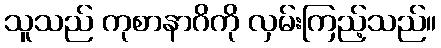
သူသည် ကုစာနာဂိကို လှမ်းကြည့်သည်။